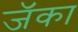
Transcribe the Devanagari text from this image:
जॅका